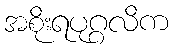
အစိုးရပုဂ္ဂလိက